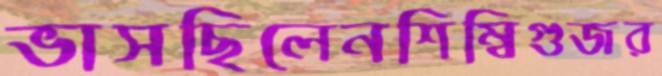
ভাসছিলেনশিম্বিগুজর